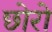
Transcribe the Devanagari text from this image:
छोरो